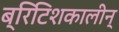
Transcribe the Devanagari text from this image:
ब्रिटिशकालीन्